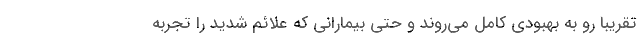
تقریبا رو به بهبودی کامل می‌روند و حتی بیمارانی که علائم شدید را تجربه